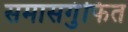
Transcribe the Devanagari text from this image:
समासगुंफित